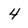
Character: 4